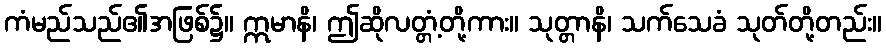
ကံမည်သည်၏အဖြစ်၌။ ဣမာနိ၊ ဤဆိုလတ္တံ့တို့ကား။ သုတ္တာနိ၊ သက်သေခံ သုတ်တို့တည်း။